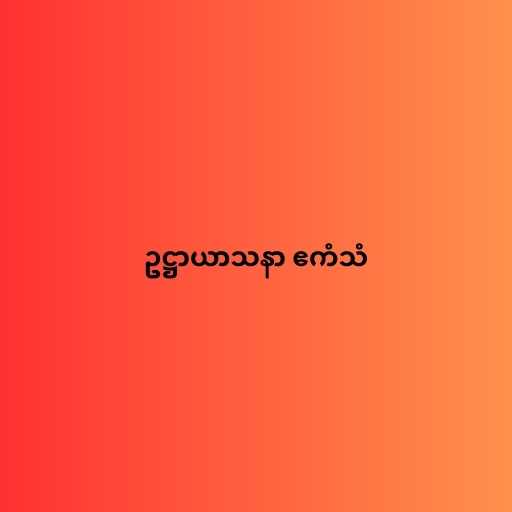
ဥဋ္ဌာယာသနာ ဧကံသံ